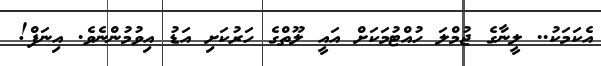
އެކަމަކު.. ލީނާގެ ޖުމްލަ ހުއްޓުމަކަށް އައީ ލޫތްގެ ހަރުކަށި އަޑު އިވުމުންނެވެ. އިނަފް!